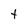
Character: t